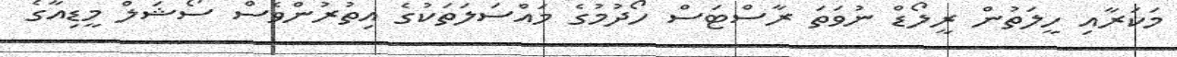
މަކަރާއި ހީލަތުން ރީލޯޑް ނުވަތަ ރާސްޓަސް ހޯދުމުގެ މައްސަލަތަކުގެ އިތުރުންވެސް ސޯޝަލް މީޑިއާގެ